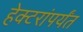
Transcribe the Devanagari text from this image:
हेक्टरांपर्यंत